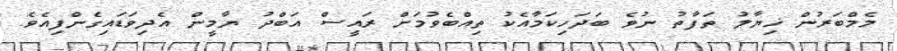
މެމްބަރުން ޚިޔާލު ތަފާތު ނުވެ ބަދަހިކަމާއެކު ތިއްބެވުމަށް ރައީސް އަބްދު ޔާމީން އެދިވަޑައިގެންފިއެވެ.